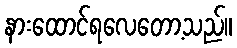
နားထောင်ရလေတော့သည်။